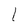
Character: I